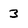
Character: 3